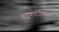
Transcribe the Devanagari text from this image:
माइकोटोक्सिंस